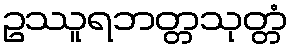
ဥဿူရဘတ္တသုတ္တံ